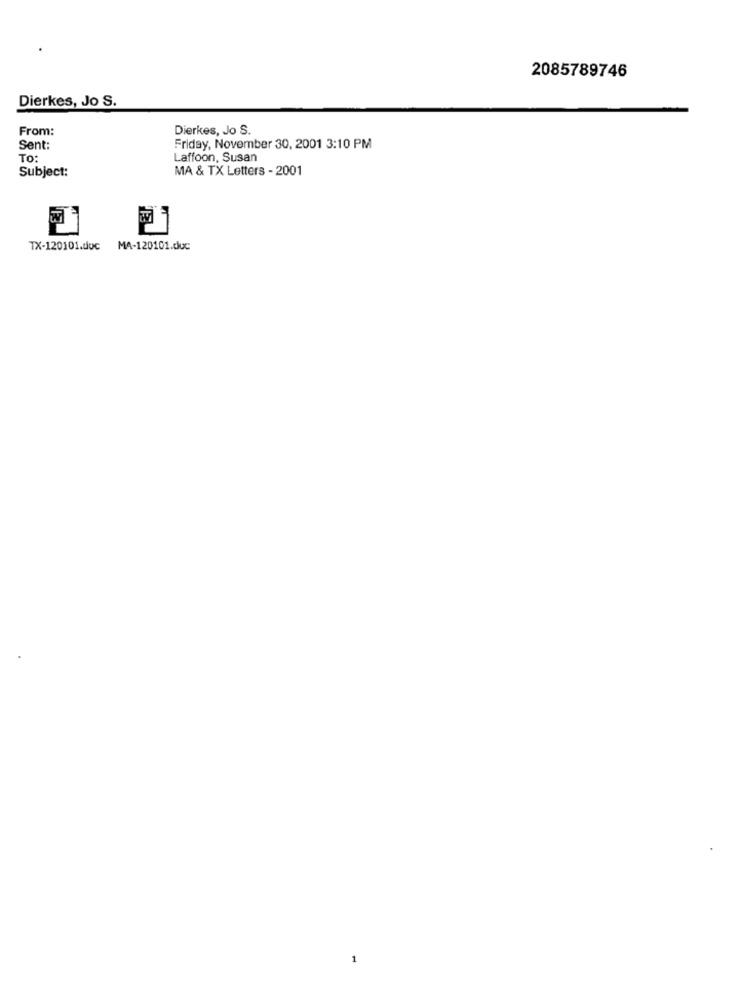
2085789746
Dierkes, Jo S.
From:
Dierkes, Jo S.
Sent:
Friday, November 30, 2001 3:10 PM
TO:
Laffoon, Susan
Subject:
MA & TX Letters - 2001
TX-120101.doc MA-120101.duc